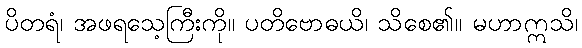
ပိတရံ၊ အဖရသေ့ကြီးကို။ ပတိဗောဓယိ၊ သိစေ၏။ မဟာဣသိ၊